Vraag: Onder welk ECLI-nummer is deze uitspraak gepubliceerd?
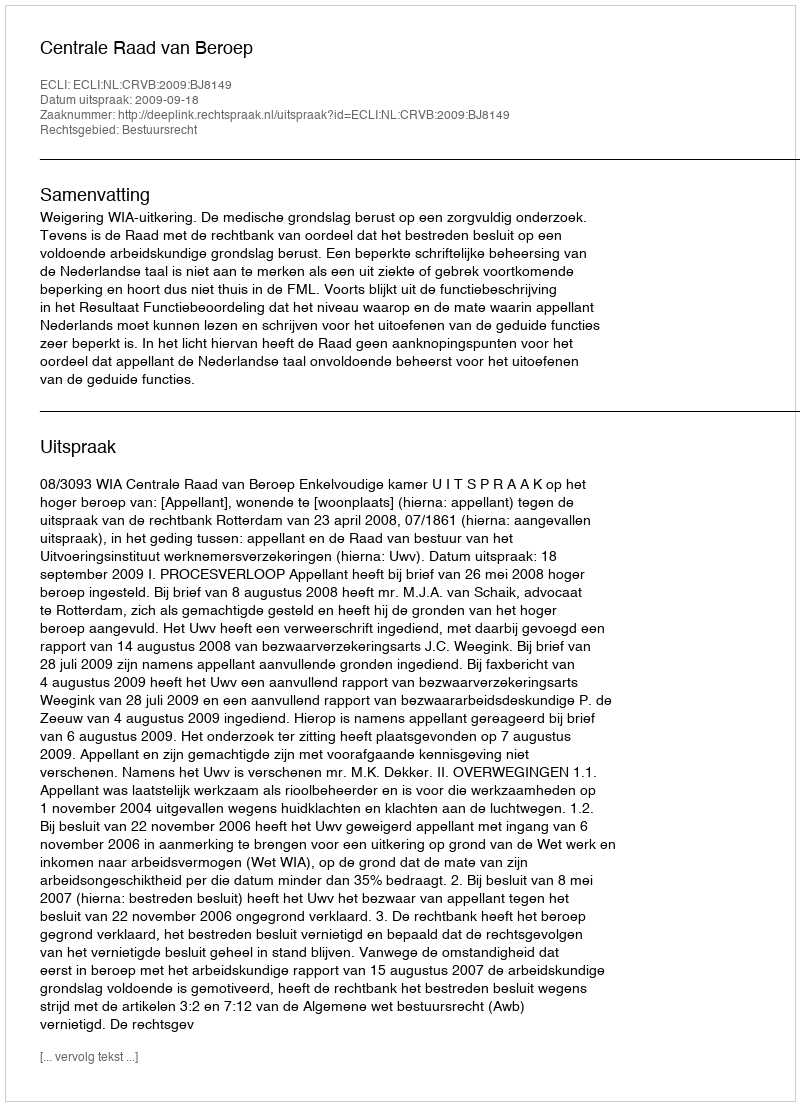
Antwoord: ECLI:NL:CRVB:2009:BJ8149